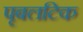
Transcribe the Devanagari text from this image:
पृबलटिक